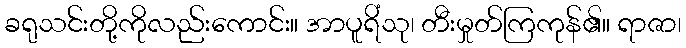
ခရုသင်းတို့ကိုလည်းကောင်း။ အာပူရိံသု၊ တီးမှုတ်ကြကုန်၏။ ရာဇာ၊